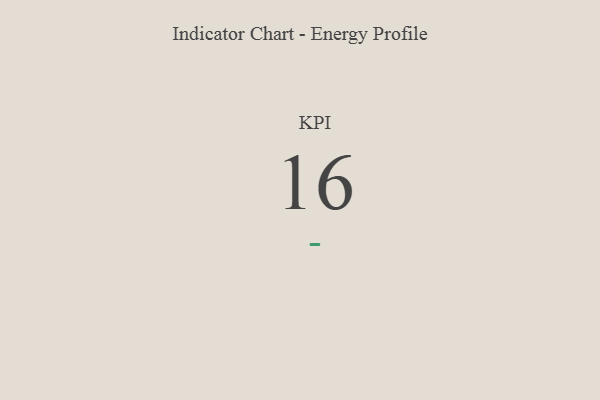
{"axis": {"x": "KPI", "y": "Value"}, "legend": [""], "data": [{"x": "KPI", "y": 16, "type": ""}]}